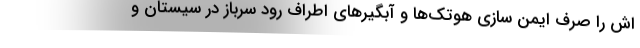
اش را صرف ایمن سازی هوتک‌ها و آبگیرهای اطراف رود سرباز در سیستان و